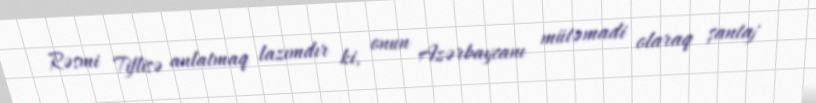
Rəsmi Tiflisə anlatmaq lazımdır ki, onun Azərbaycanı mütəmadi olaraq şantaj